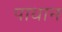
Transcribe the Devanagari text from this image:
पाधान